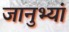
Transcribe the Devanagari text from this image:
जानुभ्यां